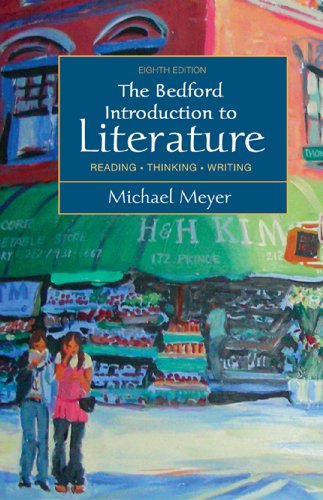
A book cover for Bedford Introduction to Literature : Reading, Thinking, Writing; Michael Meyer; Reference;